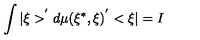
\int | \xi > ^ { ^ { \prime } } d \mu ( \xi ^ { * } , \xi ) ^ { ^ { \prime } } < \xi | = I